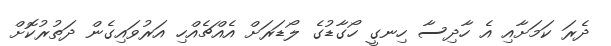
ދެރަ ކަމަށާއި އެ ހާދިސާ ހިނގީ ހޯގާޑުގެ ލޯޑަރަށް އެއްޗެއްހި އަރުވައިގެން ދަތުރުކޮށް